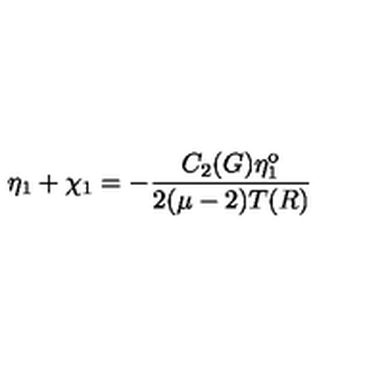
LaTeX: \eta _ { 1 } + \chi _ { 1 } = - \frac { C _ { 2 } ( G ) \eta _ { 1 } ^ { \mathrm { o } } } { 2 ( \mu - 2 ) T ( R ) }